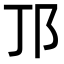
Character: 邒